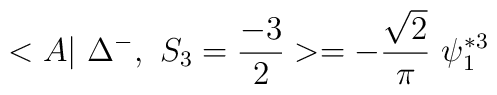
<A|~\Delta^{-}, ~S_3=\frac{-3}{2} >=- \frac{\sqrt{2}}{\pi} ~\psi_1^{*3}